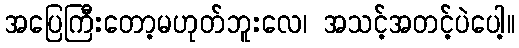
အပြေကြီးတော့မဟုတ်ဘူးလေ၊ အသင့်အတင့်ပဲပေါ့။